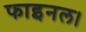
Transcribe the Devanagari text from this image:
फाइनल।